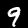
Digit: 9